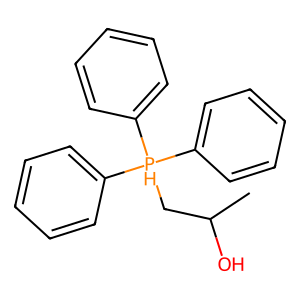
SMILES: CC(O)C[PH](c1ccccc1)(c1ccccc1)c1ccccc1
Inhibits HIV replication: No